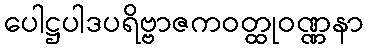
ပေါဋ္ဌပါဒပရိဗ္ဗာဇကဝတ္ထုဝဏ္ဏနာ